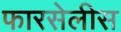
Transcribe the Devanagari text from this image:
फारसेलीस